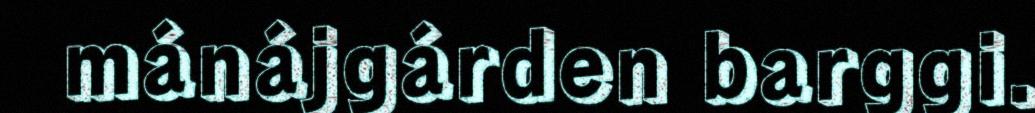
mánájgárden barggi.